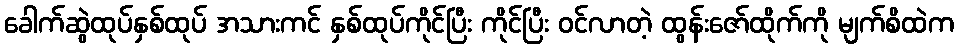
ခေါက်ဆွဲထုပ်နှစ်ထုပ် အသားကင် နှစ်ထုပ်ကိုင်ပြီး ကိုင်ပြီး ဝင်လာတဲ့ ထွန်းဇော်ထိုက်ကို မျက်စိထဲက